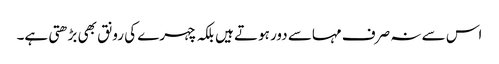
اس سے نہ صرف مہاسے دور ہوتے ہیں بلکہ چہرے کی رونق بھی بڑھتی ہے۔